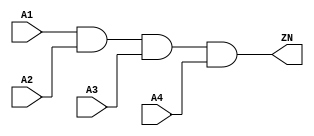
module AND4_X4 (A1, A2, A3, A4, ZN);
  input A1;
  input A2;
  input A3;
  input A4;
  output ZN;

  and(ZN, i_8, A4);
  and(i_8, i_9, A3);
  and(i_9, A1, A2);


endmodule